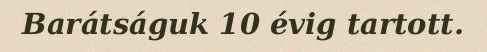
Barátságuk 10 évig tartott.